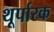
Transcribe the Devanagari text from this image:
थूर्पारक